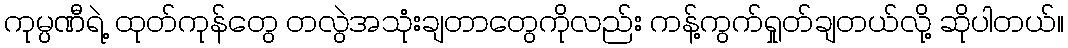
ကုမ္ပဏီရဲ့ ထုတ်ကုန်တွေ တလွဲအသုံးချတာတွေကိုလည်း ကန့်ကွက်ရှုတ်ချတယ်လို့ ဆိုပါတယ်။